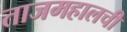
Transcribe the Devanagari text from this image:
ताजमहालची